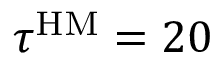
\tau ^ { \mathrm { H M } } = 2 0